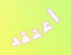
أعتقد